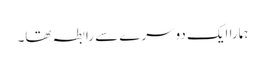
ہمارا ایک دوسرے سے رابطہ تھا۔